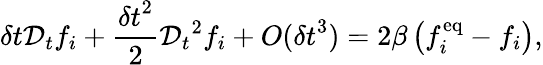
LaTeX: \delta t\mathcal{D}_{t}f_{i}+\frac{{\delta t}^{2}}{2}{\mathcal{D}_{t}}^{2}f_{i}+{O}({\delta t}^{3})=2\beta\left(f_{i}^{\mathrm{eq}}-f_{i}\right),